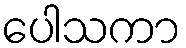
ပေါသကာ